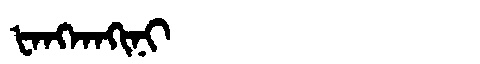
Manchu: ᡶᠠᠩᡴᠠᡴᡳᠨᡳ
Romanization: FANGKAKINI